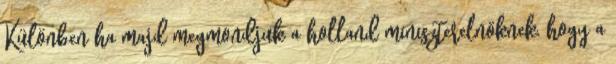
Különben ha majd megmondjuk a holland miniszterelnöknek, hogy a